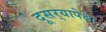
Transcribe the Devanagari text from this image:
दूसर्‍यापेक्षा